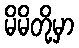
မိမိတို့မှာ